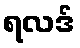
ရလဒ်